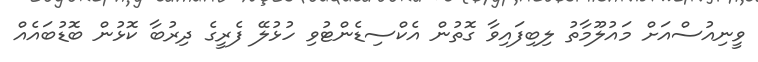
ވީނިއުސްއަށް މައުލޫމާތު ލިބިފައިވާ ގޮތުން އެކްސިޑެންޓުވި ހުޅުލޭ ފެރީގެ ދިރުބާ ކޮޅުން ބޮޑުބައެއް